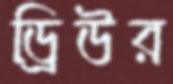
ড্রিউর